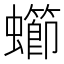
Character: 䗻